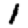
Digit: 1